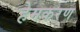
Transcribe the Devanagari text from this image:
हेमकरण